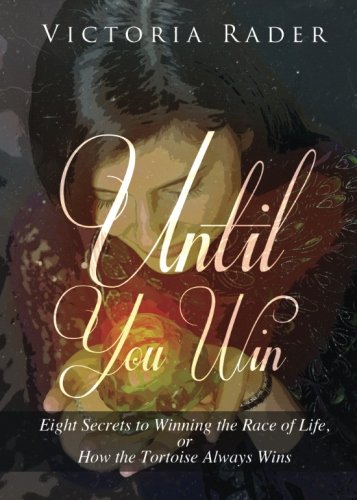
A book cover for Until You Win; Victoria Rader; Self-Help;